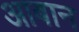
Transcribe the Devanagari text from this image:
आबान